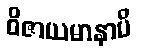
ဝိဇာယမာနာပိ